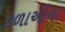
કળાઓના